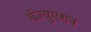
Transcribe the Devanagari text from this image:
ग्रॅज्युएशन